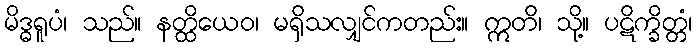
မိဒ္ဓရူပံ၊ သည်။ နတ္ထိယေဝ၊ မရှိသလျှင်ကတည်း။ ဣတိ၊ သို့။ ပဋိက္ခိတ္တံ၊